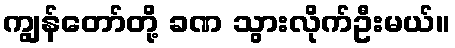
ကျွန်တော်တို့ ခဏ သွားလိုက်ဦးမယ်။